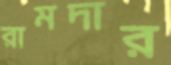
রামদার